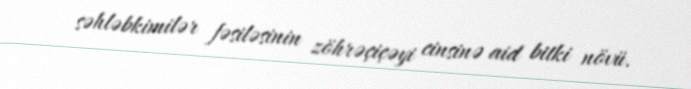
səhləbkimilər fəsiləsinin zöhrəçiçəyi cinsinə aid bitki növü.